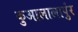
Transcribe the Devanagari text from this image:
कुआलालापुंर